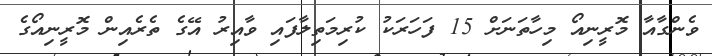
ވެންގާއާ މޮރީނިއޯ މިހާތަނަށް 15 ފަހަރަކު ކުރިމަތިލާފައި ވާއިރު އޭގެ ތެރެއިން މޮރީނިއޯގެ